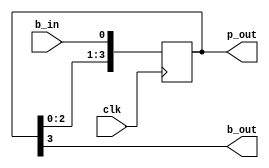
module shift_register(clk,b_in,b_out,p_out);
	
	input clk,b_in;
	output b_out;
	output [3:0] p_out;

	parameter temp = 4'b1010;
	reg [3:0] bits = temp;

	// initial
	// 	bits = 4'b1010;

	always @(negedge clk)
		begin
			bits = bits << 1;
			bits[0] = b_in;	
		end

	assign p_out = bits;
	assign b_out = bits[3];

endmodule

module simulate;
	
	// reg clk,b_in_1,b_in_2;
	reg clk;
	wire b_out_1,b_out_2;
	wire [3:0] p_out_1,p_out_2;
	defparam sr1.temp = 4'b1111, sr2.temp=4'b0000;

	shift_register sr1(clk,b_out_2,b_out_1,p_out_1);
	shift_register sr2(clk,b_out_1,b_out_2,p_out_2);
	initial
		begin
			$dumpfile("shift_register.vcd");
			// $dumpvars(clk,b_in,b_out,p_out);
			$dumpvars(clk,p_out_1,p_out_2);
		end

	initial 
		//initial values
		begin
			clk = 1'b1;
		end

	always
		//clock
		#5 clk = ~clk;

	initial 
		//terminate simulation
		#100 $finish;

endmodule